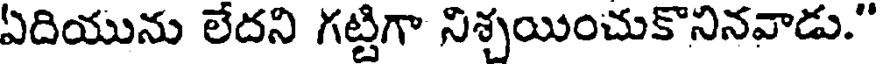
ఏదియును లేదని గట్టిగా నిశ్చయించుకొనినవాడు."